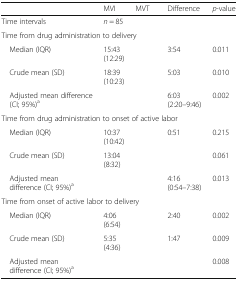
<table><thead><tr><td>[EMPTY_CELL]</td><td><b>MVI</b></td><td><b>MVT</b></td><td><b>Difference</b></td><td><b><i>p</i>-value</b></td></tr></thead><tbody><tr><td>Time intervals</td><td><i>n</i> = 85</td><td>[EMPTY_CELL]</td><td>[EMPTY_CELL]</td><td>[EMPTY_CELL]</td></tr><tr><td colspan="5">Time from drug administration to delivery</td></tr><tr><td> Median (IQR)</td><td>15:43 (12:29)</td><td>[EMPTY_CELL]</td><td>3:54</td><td>0.011</td></tr><tr><td> Crude mean (SD)</td><td>18:39 (10:23)</td><td>[EMPTY_CELL]</td><td>5:03</td><td>0.010</td></tr><tr><td> Adjusted mean difference (CI; 95%)<sup>a</sup></td><td>[EMPTY_CELL]</td><td>[EMPTY_CELL]</td><td>6:03 (2:20–9:46)</td><td>0.002</td></tr><tr><td colspan="5">Time from drug administration to onset of active labor</td></tr><tr><td> Median (IQR)</td><td>10:37 (10:42)</td><td>[EMPTY_CELL]</td><td>0:51</td><td>0.215</td></tr><tr><td> Crude mean (SD)</td><td>13:04 (8:32)</td><td>[EMPTY_CELL]</td><td>[EMPTY_CELL]</td><td>0.061</td></tr><tr><td> Adjusted mean difference (CI; 95%)<sup>a</sup></td><td>[EMPTY_CELL]</td><td>[EMPTY_CELL]</td><td>4:16 (0:54–7:38)</td><td>0.013</td></tr><tr><td colspan="5">Time from onset of active labor to delivery</td></tr><tr><td> Median (IQR)</td><td>4:06 (6:54)</td><td>[EMPTY_CELL]</td><td>2:40</td><td>0.002</td></tr><tr><td> Crude mean (SD)</td><td>5:35 (4:36)</td><td>[EMPTY_CELL]</td><td>1:47</td><td>0.009</td></tr><tr><td> Adjusted mean difference (CI; 95%)<sup>a</sup></td><td>[EMPTY_CELL]</td><td>[EMPTY_CELL]</td><td>[EMPTY_CELL]</td><td>0.008</td></tr></tbody></table>